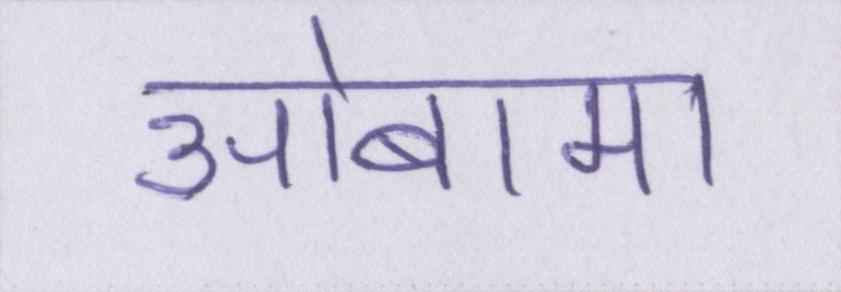
ओबामा